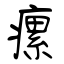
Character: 瘰